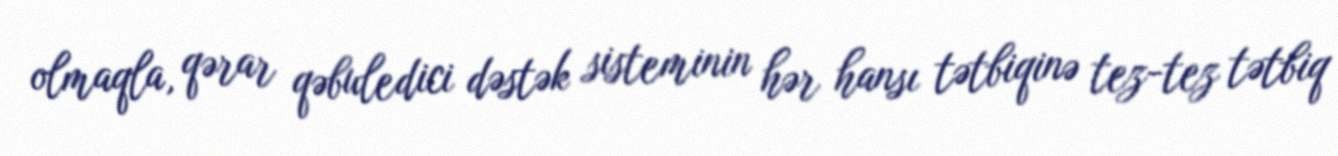
olmaqla, qərar qəbuledici dəstək sisteminin hər hansı tətbiqinə tez-tez tətbiq